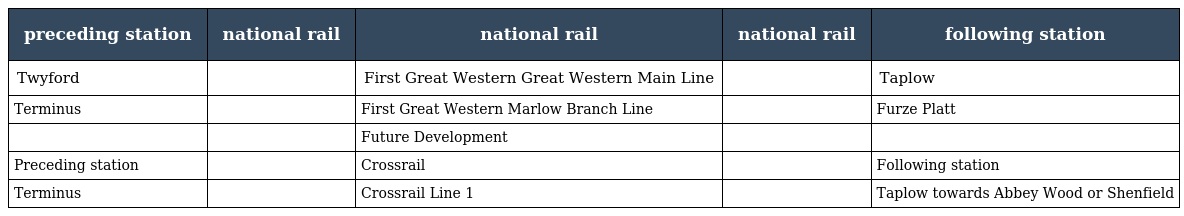
| preceding station | national rail | national rail | national rail | following station |
 | --- | --- | --- | --- | --- |
 | Twyford |  | First Great Western Great Western Main Line |  | Taplow |
 | Terminus |  | First Great Western Marlow Branch Line |  | Furze Platt |
 |  |  | Future Development |  |  |
 | Preceding station |  | Crossrail |  | Following station |
 | Terminus |  | Crossrail Line 1 |  | Taplow towards Abbey Wood or Shenfield |